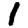
Digit: 1